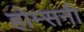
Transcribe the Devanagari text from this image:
होम्सनी